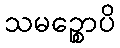
သမဉ္စောပိ